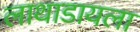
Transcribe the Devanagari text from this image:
लाथाडायला